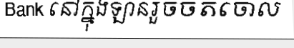
Bank នៅក្នុងឡានរួចចតចោល